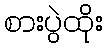
စားပွဲထိုး